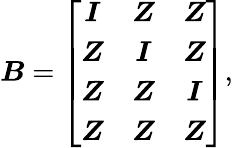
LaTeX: \boldsymbol{\mathit{B}}=\left[\begin{array}{ccc}{\boldsymbol{I}}&{\boldsymbol{Z}}&{\boldsymbol{Z}}\\ {\boldsymbol{Z}}&{\boldsymbol{I}}&{\boldsymbol{Z}}\\ {\boldsymbol{Z}}&{\boldsymbol{Z}}&{\boldsymbol{I}}\\ {\boldsymbol{Z}}&{\boldsymbol{Z}}&{\boldsymbol{Z}}\end{array}\right]\mathrm{{,}}